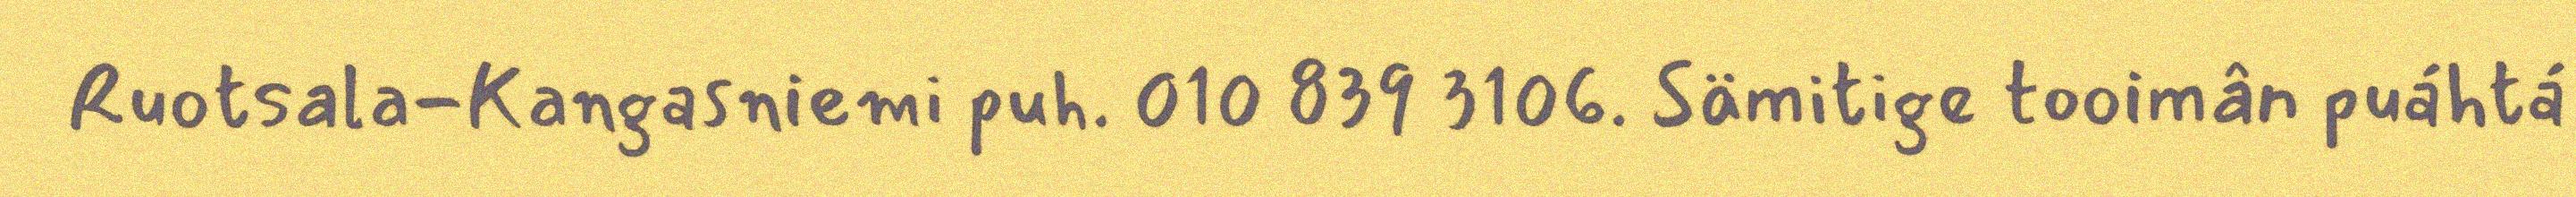
Ruotsala-Kangasniemi puh. 010 839 3106. Sämitige tooimân puáhtá